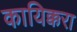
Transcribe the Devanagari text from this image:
कायिक्करा